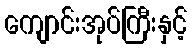
ကျောင်းအုပ်ကြီးနှင့်